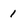
Character: 1